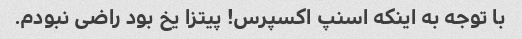
با توجه به اینکه اسنپ اکسپرس! پیتزا یخ بود راضی نبودم.